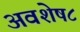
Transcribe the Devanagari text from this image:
अवशेष८